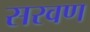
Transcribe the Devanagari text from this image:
सरवण